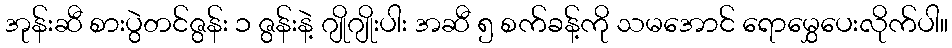
အုန်းဆီ စားပွဲတင်ဇွန်း ၁ ဇွန်းနဲ့ ဂျိုဂျိုးပါး အဆီ ၅ စက်ခန့်ကို သမအောင် ရောမွှေပေးလိုက်ပါ။